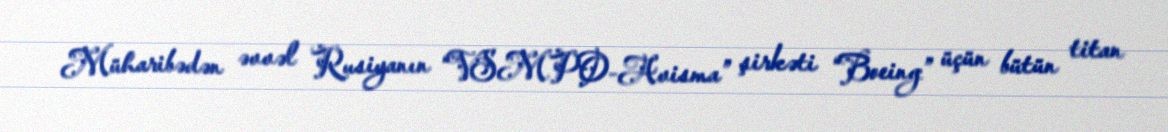
Müharibədən əvvəl Rusiyanın “VSMPO-Avisma” şirkəti “Boeing” üçün bütün titan